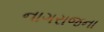
નાગરાજના